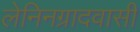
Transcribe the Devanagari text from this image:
लेनिनग्रादवासी